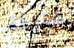
غارقة